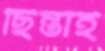
ছিন্তাই